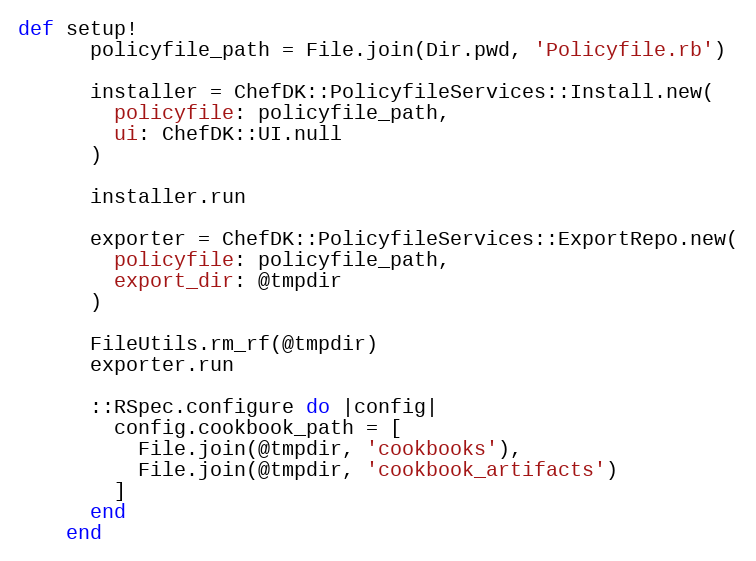
Language: Ruby
def setup!
      policyfile_path = File.join(Dir.pwd, 'Policyfile.rb')

      installer = ChefDK::PolicyfileServices::Install.new(
        policyfile: policyfile_path,
        ui: ChefDK::UI.null
      )

      installer.run

      exporter = ChefDK::PolicyfileServices::ExportRepo.new(
        policyfile: policyfile_path,
        export_dir: @tmpdir
      )

      FileUtils.rm_rf(@tmpdir)
      exporter.run

      ::RSpec.configure do |config|
        config.cookbook_path = [
          File.join(@tmpdir, 'cookbooks'),
          File.join(@tmpdir, 'cookbook_artifacts')
        ]
      end
    end